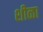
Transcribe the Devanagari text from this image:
शीळा